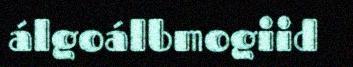
álgoálbmogiid